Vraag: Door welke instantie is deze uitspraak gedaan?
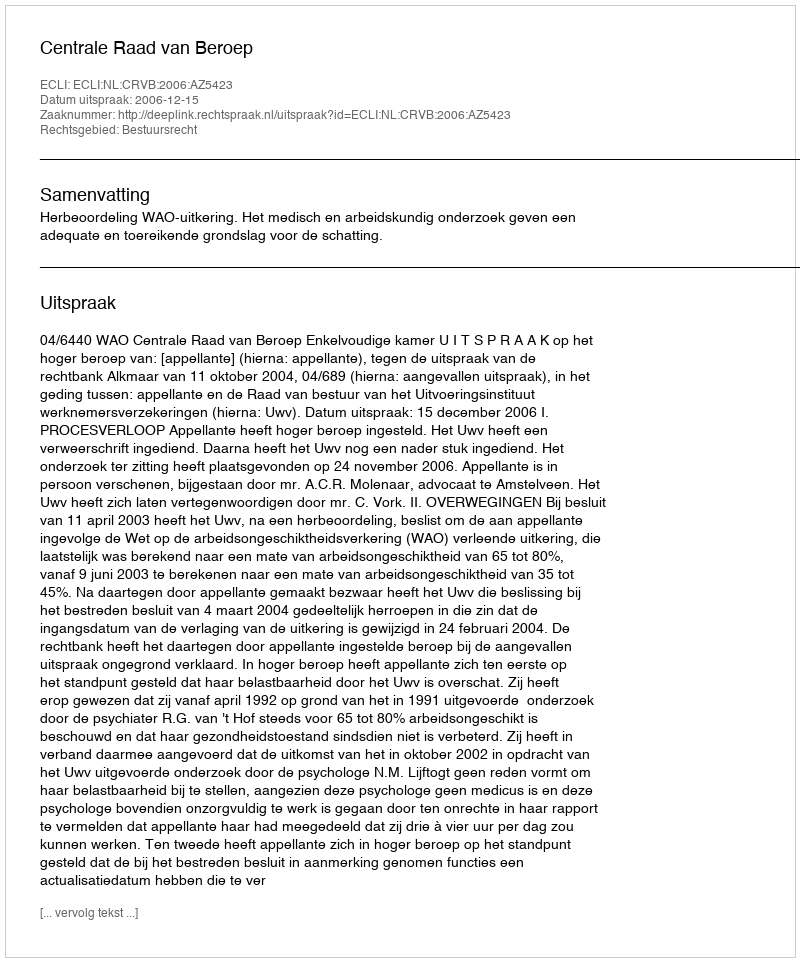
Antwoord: Centrale Raad van Beroep